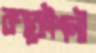
রণকৌশলী